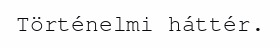
Történelmi háttér.